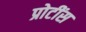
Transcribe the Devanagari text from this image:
प्रोटींस